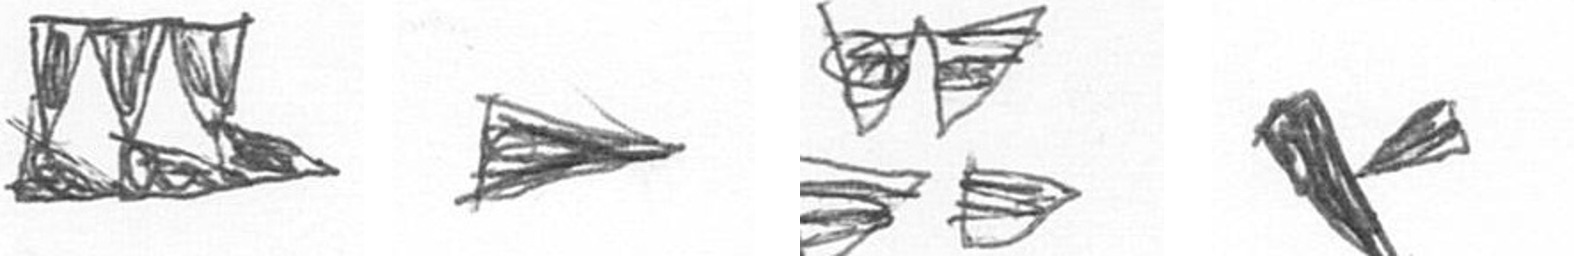
D T B F